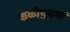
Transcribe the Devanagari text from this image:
कळीयुगमां